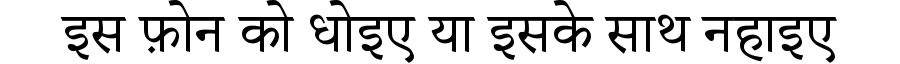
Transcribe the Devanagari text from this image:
इस फ़ोन को धोइए या इसके साथ नहाइए